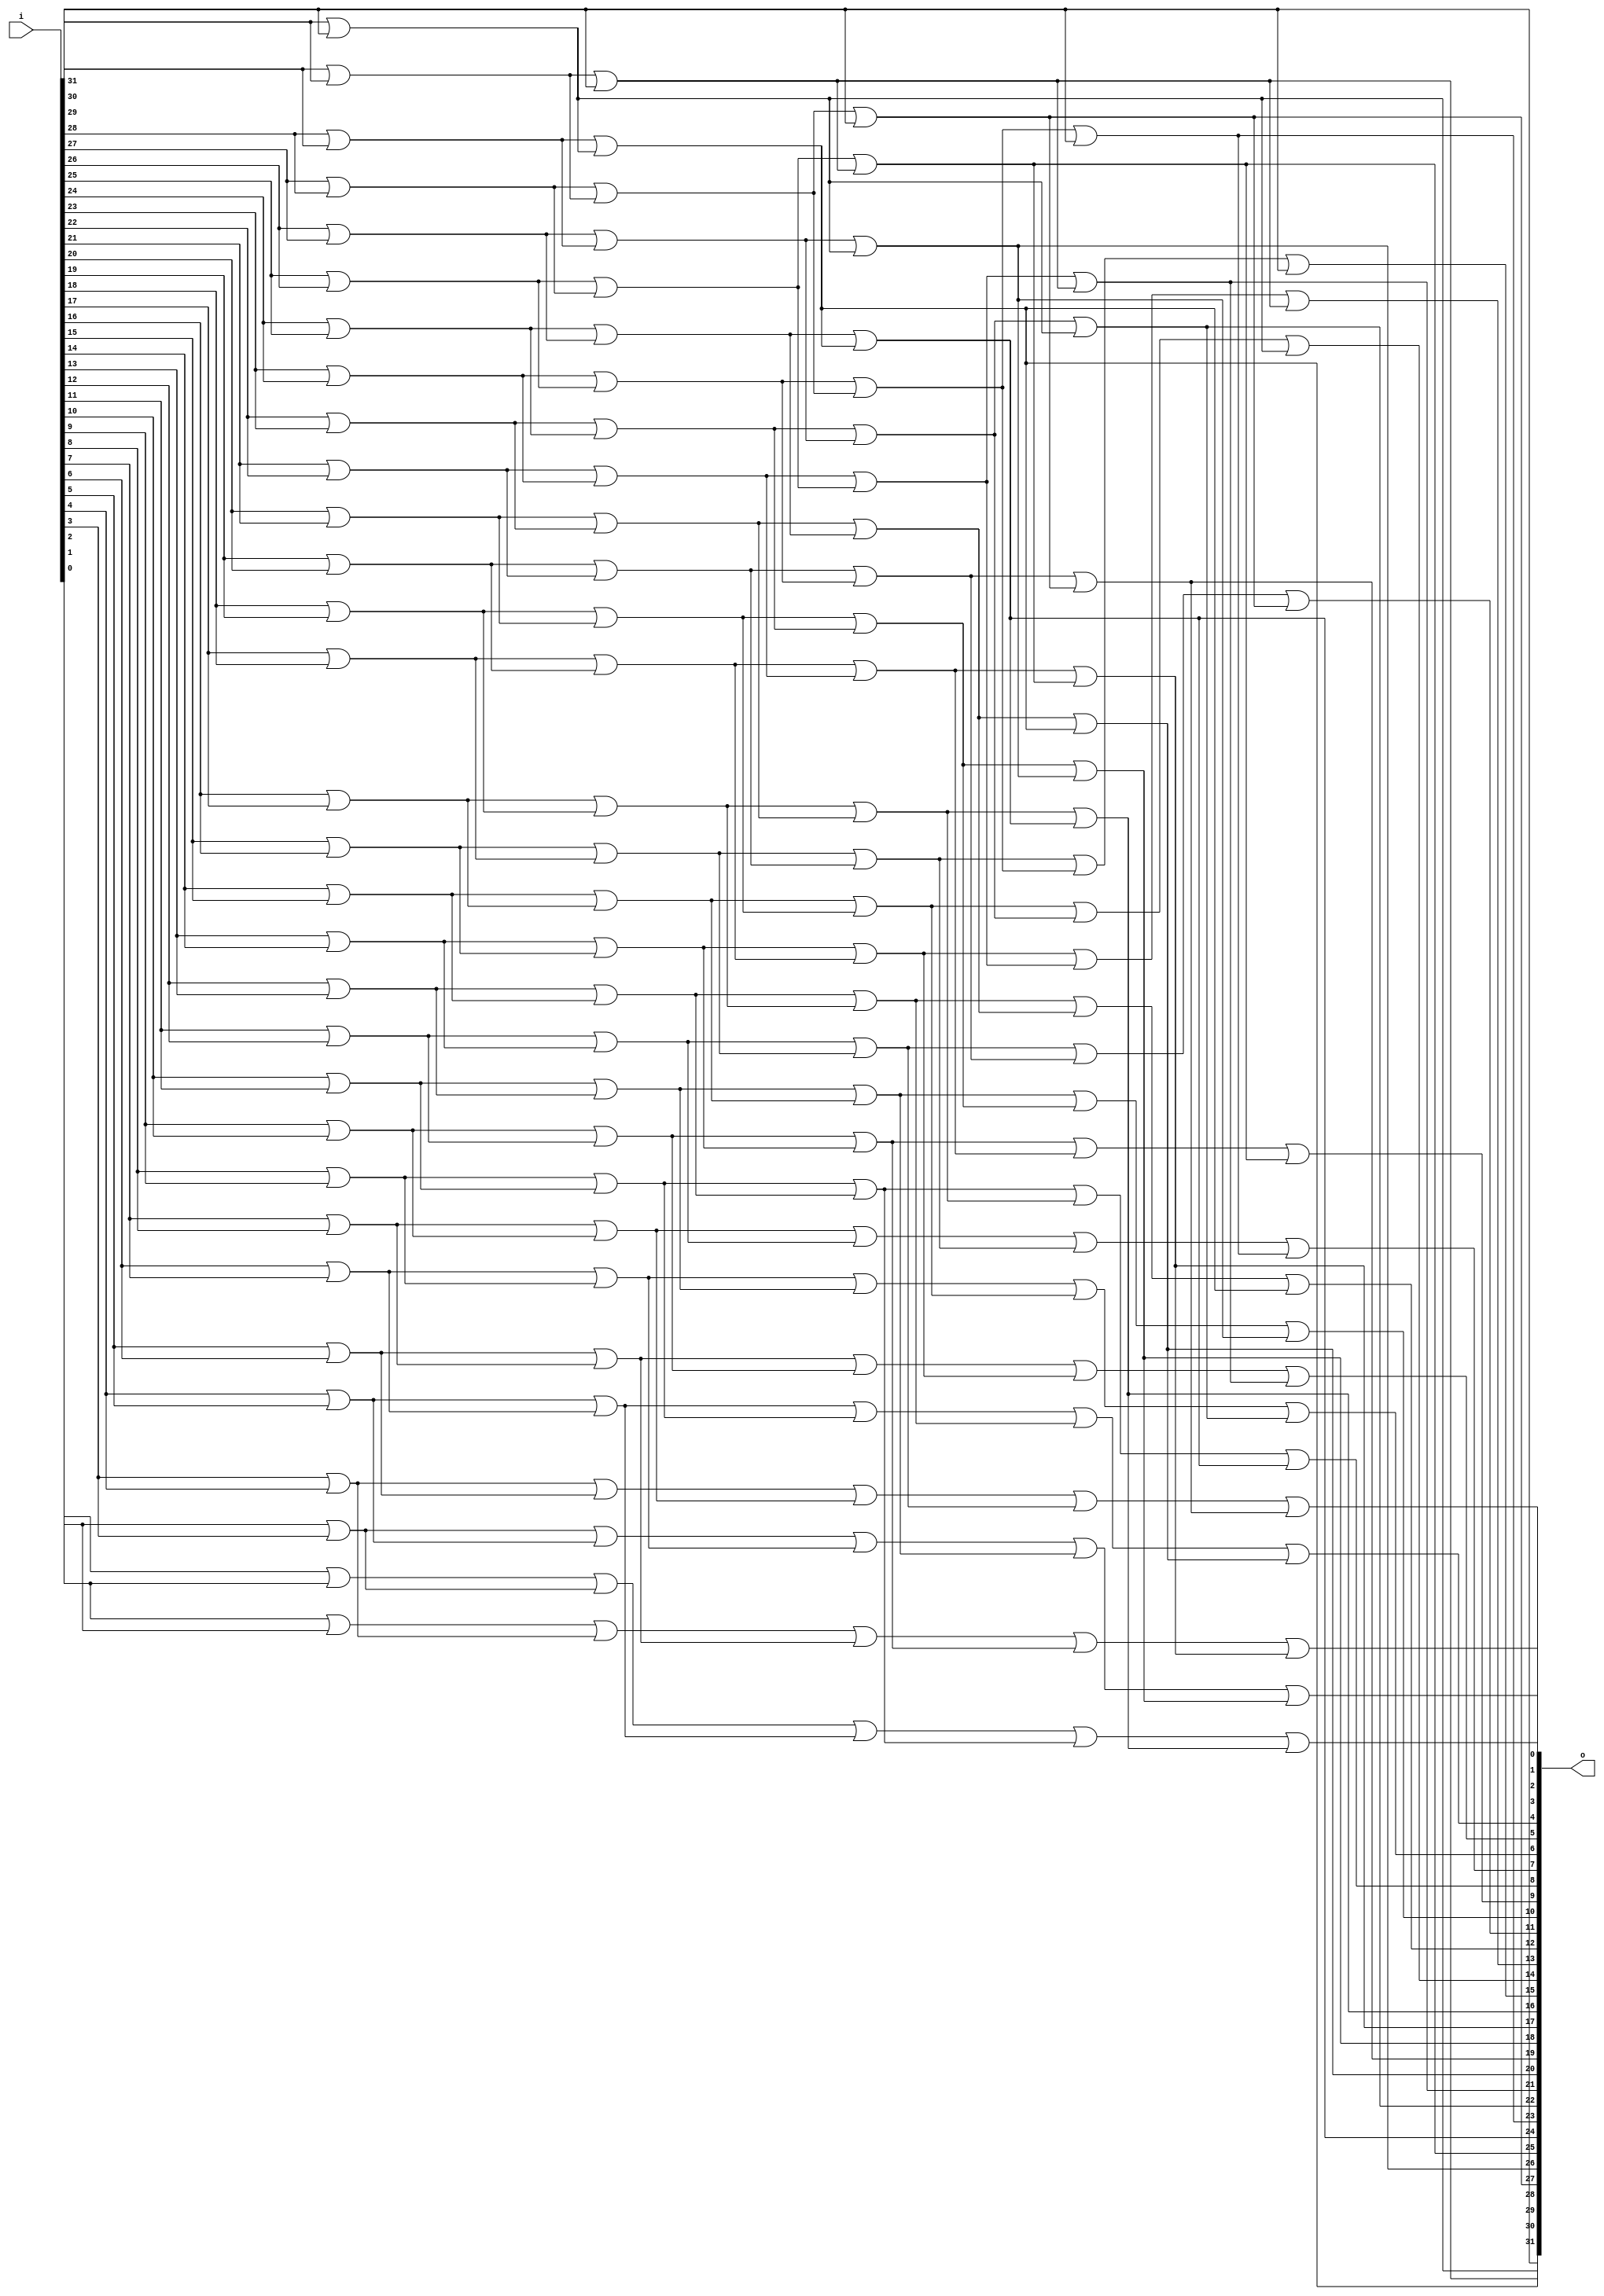


module bsg_scan_width_p32_or_p1_lo_to_hi_p0
(
  i,
  o
);

  input [31:0] i;
  output [31:0] o;
  wire [31:0] o;
  wire t_4__31_,t_4__30_,t_4__29_,t_4__28_,t_4__27_,t_4__26_,t_4__25_,t_4__24_,
  t_4__23_,t_4__22_,t_4__21_,t_4__20_,t_4__19_,t_4__18_,t_4__17_,t_4__16_,t_4__15_,
  t_4__14_,t_4__13_,t_4__12_,t_4__11_,t_4__10_,t_4__9_,t_4__8_,t_4__7_,t_4__6_,t_4__5_,
  t_4__4_,t_4__3_,t_4__2_,t_4__1_,t_4__0_,t_3__31_,t_3__30_,t_3__29_,t_3__28_,
  t_3__27_,t_3__26_,t_3__25_,t_3__24_,t_3__23_,t_3__22_,t_3__21_,t_3__20_,t_3__19_,
  t_3__18_,t_3__17_,t_3__16_,t_3__15_,t_3__14_,t_3__13_,t_3__12_,t_3__11_,t_3__10_,
  t_3__9_,t_3__8_,t_3__7_,t_3__6_,t_3__5_,t_3__4_,t_3__3_,t_3__2_,t_3__1_,t_3__0_,
  t_2__31_,t_2__30_,t_2__29_,t_2__28_,t_2__27_,t_2__26_,t_2__25_,t_2__24_,t_2__23_,
  t_2__22_,t_2__21_,t_2__20_,t_2__19_,t_2__18_,t_2__17_,t_2__16_,t_2__15_,t_2__14_,
  t_2__13_,t_2__12_,t_2__11_,t_2__10_,t_2__9_,t_2__8_,t_2__7_,t_2__6_,t_2__5_,
  t_2__4_,t_2__3_,t_2__2_,t_2__1_,t_2__0_,t_1__31_,t_1__30_,t_1__29_,t_1__28_,t_1__27_,
  t_1__26_,t_1__25_,t_1__24_,t_1__23_,t_1__22_,t_1__21_,t_1__20_,t_1__19_,t_1__18_,
  t_1__17_,t_1__16_,t_1__15_,t_1__14_,t_1__13_,t_1__12_,t_1__11_,t_1__10_,t_1__9_,
  t_1__8_,t_1__7_,t_1__6_,t_1__5_,t_1__4_,t_1__3_,t_1__2_,t_1__1_,t_1__0_;
  assign t_1__31_ = i[31] | 1'b0;
  assign t_1__30_ = i[30] | i[31];
  assign t_1__29_ = i[29] | i[30];
  assign t_1__28_ = i[28] | i[29];
  assign t_1__27_ = i[27] | i[28];
  assign t_1__26_ = i[26] | i[27];
  assign t_1__25_ = i[25] | i[26];
  assign t_1__24_ = i[24] | i[25];
  assign t_1__23_ = i[23] | i[24];
  assign t_1__22_ = i[22] | i[23];
  assign t_1__21_ = i[21] | i[22];
  assign t_1__20_ = i[20] | i[21];
  assign t_1__19_ = i[19] | i[20];
  assign t_1__18_ = i[18] | i[19];
  assign t_1__17_ = i[17] | i[18];
  assign t_1__16_ = i[16] | i[17];
  assign t_1__15_ = i[15] | i[16];
  assign t_1__14_ = i[14] | i[15];
  assign t_1__13_ = i[13] | i[14];
  assign t_1__12_ = i[12] | i[13];
  assign t_1__11_ = i[11] | i[12];
  assign t_1__10_ = i[10] | i[11];
  assign t_1__9_ = i[9] | i[10];
  assign t_1__8_ = i[8] | i[9];
  assign t_1__7_ = i[7] | i[8];
  assign t_1__6_ = i[6] | i[7];
  assign t_1__5_ = i[5] | i[6];
  assign t_1__4_ = i[4] | i[5];
  assign t_1__3_ = i[3] | i[4];
  assign t_1__2_ = i[2] | i[3];
  assign t_1__1_ = i[1] | i[2];
  assign t_1__0_ = i[0] | i[1];
  assign t_2__31_ = t_1__31_ | 1'b0;
  assign t_2__30_ = t_1__30_ | 1'b0;
  assign t_2__29_ = t_1__29_ | t_1__31_;
  assign t_2__28_ = t_1__28_ | t_1__30_;
  assign t_2__27_ = t_1__27_ | t_1__29_;
  assign t_2__26_ = t_1__26_ | t_1__28_;
  assign t_2__25_ = t_1__25_ | t_1__27_;
  assign t_2__24_ = t_1__24_ | t_1__26_;
  assign t_2__23_ = t_1__23_ | t_1__25_;
  assign t_2__22_ = t_1__22_ | t_1__24_;
  assign t_2__21_ = t_1__21_ | t_1__23_;
  assign t_2__20_ = t_1__20_ | t_1__22_;
  assign t_2__19_ = t_1__19_ | t_1__21_;
  assign t_2__18_ = t_1__18_ | t_1__20_;
  assign t_2__17_ = t_1__17_ | t_1__19_;
  assign t_2__16_ = t_1__16_ | t_1__18_;
  assign t_2__15_ = t_1__15_ | t_1__17_;
  assign t_2__14_ = t_1__14_ | t_1__16_;
  assign t_2__13_ = t_1__13_ | t_1__15_;
  assign t_2__12_ = t_1__12_ | t_1__14_;
  assign t_2__11_ = t_1__11_ | t_1__13_;
  assign t_2__10_ = t_1__10_ | t_1__12_;
  assign t_2__9_ = t_1__9_ | t_1__11_;
  assign t_2__8_ = t_1__8_ | t_1__10_;
  assign t_2__7_ = t_1__7_ | t_1__9_;
  assign t_2__6_ = t_1__6_ | t_1__8_;
  assign t_2__5_ = t_1__5_ | t_1__7_;
  assign t_2__4_ = t_1__4_ | t_1__6_;
  assign t_2__3_ = t_1__3_ | t_1__5_;
  assign t_2__2_ = t_1__2_ | t_1__4_;
  assign t_2__1_ = t_1__1_ | t_1__3_;
  assign t_2__0_ = t_1__0_ | t_1__2_;
  assign t_3__31_ = t_2__31_ | 1'b0;
  assign t_3__30_ = t_2__30_ | 1'b0;
  assign t_3__29_ = t_2__29_ | 1'b0;
  assign t_3__28_ = t_2__28_ | 1'b0;
  assign t_3__27_ = t_2__27_ | t_2__31_;
  assign t_3__26_ = t_2__26_ | t_2__30_;
  assign t_3__25_ = t_2__25_ | t_2__29_;
  assign t_3__24_ = t_2__24_ | t_2__28_;
  assign t_3__23_ = t_2__23_ | t_2__27_;
  assign t_3__22_ = t_2__22_ | t_2__26_;
  assign t_3__21_ = t_2__21_ | t_2__25_;
  assign t_3__20_ = t_2__20_ | t_2__24_;
  assign t_3__19_ = t_2__19_ | t_2__23_;
  assign t_3__18_ = t_2__18_ | t_2__22_;
  assign t_3__17_ = t_2__17_ | t_2__21_;
  assign t_3__16_ = t_2__16_ | t_2__20_;
  assign t_3__15_ = t_2__15_ | t_2__19_;
  assign t_3__14_ = t_2__14_ | t_2__18_;
  assign t_3__13_ = t_2__13_ | t_2__17_;
  assign t_3__12_ = t_2__12_ | t_2__16_;
  assign t_3__11_ = t_2__11_ | t_2__15_;
  assign t_3__10_ = t_2__10_ | t_2__14_;
  assign t_3__9_ = t_2__9_ | t_2__13_;
  assign t_3__8_ = t_2__8_ | t_2__12_;
  assign t_3__7_ = t_2__7_ | t_2__11_;
  assign t_3__6_ = t_2__6_ | t_2__10_;
  assign t_3__5_ = t_2__5_ | t_2__9_;
  assign t_3__4_ = t_2__4_ | t_2__8_;
  assign t_3__3_ = t_2__3_ | t_2__7_;
  assign t_3__2_ = t_2__2_ | t_2__6_;
  assign t_3__1_ = t_2__1_ | t_2__5_;
  assign t_3__0_ = t_2__0_ | t_2__4_;
  assign t_4__31_ = t_3__31_ | 1'b0;
  assign t_4__30_ = t_3__30_ | 1'b0;
  assign t_4__29_ = t_3__29_ | 1'b0;
  assign t_4__28_ = t_3__28_ | 1'b0;
  assign t_4__27_ = t_3__27_ | 1'b0;
  assign t_4__26_ = t_3__26_ | 1'b0;
  assign t_4__25_ = t_3__25_ | 1'b0;
  assign t_4__24_ = t_3__24_ | 1'b0;
  assign t_4__23_ = t_3__23_ | t_3__31_;
  assign t_4__22_ = t_3__22_ | t_3__30_;
  assign t_4__21_ = t_3__21_ | t_3__29_;
  assign t_4__20_ = t_3__20_ | t_3__28_;
  assign t_4__19_ = t_3__19_ | t_3__27_;
  assign t_4__18_ = t_3__18_ | t_3__26_;
  assign t_4__17_ = t_3__17_ | t_3__25_;
  assign t_4__16_ = t_3__16_ | t_3__24_;
  assign t_4__15_ = t_3__15_ | t_3__23_;
  assign t_4__14_ = t_3__14_ | t_3__22_;
  assign t_4__13_ = t_3__13_ | t_3__21_;
  assign t_4__12_ = t_3__12_ | t_3__20_;
  assign t_4__11_ = t_3__11_ | t_3__19_;
  assign t_4__10_ = t_3__10_ | t_3__18_;
  assign t_4__9_ = t_3__9_ | t_3__17_;
  assign t_4__8_ = t_3__8_ | t_3__16_;
  assign t_4__7_ = t_3__7_ | t_3__15_;
  assign t_4__6_ = t_3__6_ | t_3__14_;
  assign t_4__5_ = t_3__5_ | t_3__13_;
  assign t_4__4_ = t_3__4_ | t_3__12_;
  assign t_4__3_ = t_3__3_ | t_3__11_;
  assign t_4__2_ = t_3__2_ | t_3__10_;
  assign t_4__1_ = t_3__1_ | t_3__9_;
  assign t_4__0_ = t_3__0_ | t_3__8_;
  assign o[31] = t_4__31_ | 1'b0;
  assign o[30] = t_4__30_ | 1'b0;
  assign o[29] = t_4__29_ | 1'b0;
  assign o[28] = t_4__28_ | 1'b0;
  assign o[27] = t_4__27_ | 1'b0;
  assign o[26] = t_4__26_ | 1'b0;
  assign o[25] = t_4__25_ | 1'b0;
  assign o[24] = t_4__24_ | 1'b0;
  assign o[23] = t_4__23_ | 1'b0;
  assign o[22] = t_4__22_ | 1'b0;
  assign o[21] = t_4__21_ | 1'b0;
  assign o[20] = t_4__20_ | 1'b0;
  assign o[19] = t_4__19_ | 1'b0;
  assign o[18] = t_4__18_ | 1'b0;
  assign o[17] = t_4__17_ | 1'b0;
  assign o[16] = t_4__16_ | 1'b0;
  assign o[15] = t_4__15_ | t_4__31_;
  assign o[14] = t_4__14_ | t_4__30_;
  assign o[13] = t_4__13_ | t_4__29_;
  assign o[12] = t_4__12_ | t_4__28_;
  assign o[11] = t_4__11_ | t_4__27_;
  assign o[10] = t_4__10_ | t_4__26_;
  assign o[9] = t_4__9_ | t_4__25_;
  assign o[8] = t_4__8_ | t_4__24_;
  assign o[7] = t_4__7_ | t_4__23_;
  assign o[6] = t_4__6_ | t_4__22_;
  assign o[5] = t_4__5_ | t_4__21_;
  assign o[4] = t_4__4_ | t_4__20_;
  assign o[3] = t_4__3_ | t_4__19_;
  assign o[2] = t_4__2_ | t_4__18_;
  assign o[1] = t_4__1_ | t_4__17_;
  assign o[0] = t_4__0_ | t_4__16_;

endmodule



module bsg_priority_encode_one_hot_out_width_p32_lo_to_hi_p0
(
  i,
  o
);

  input [31:0] i;
  output [31:0] o;
  wire [31:0] o;
  wire N0,N1,N2,N3,N4,N5,N6,N7,N8,N9,N10,N11,N12,N13,N14,N15,N16,N17,N18,N19,N20,N21,
  N22,N23,N24,N25,N26,N27,N28,N29,N30;
  wire [30:0] scan_lo;

  bsg_scan_width_p32_or_p1_lo_to_hi_p0
  genblk1_scan
  (
    .i(i),
    .o({ o[31:31], scan_lo })
  );

  assign o[30] = scan_lo[30] & N0;
  assign N0 = ~o[31];
  assign o[29] = scan_lo[29] & N1;
  assign N1 = ~scan_lo[30];
  assign o[28] = scan_lo[28] & N2;
  assign N2 = ~scan_lo[29];
  assign o[27] = scan_lo[27] & N3;
  assign N3 = ~scan_lo[28];
  assign o[26] = scan_lo[26] & N4;
  assign N4 = ~scan_lo[27];
  assign o[25] = scan_lo[25] & N5;
  assign N5 = ~scan_lo[26];
  assign o[24] = scan_lo[24] & N6;
  assign N6 = ~scan_lo[25];
  assign o[23] = scan_lo[23] & N7;
  assign N7 = ~scan_lo[24];
  assign o[22] = scan_lo[22] & N8;
  assign N8 = ~scan_lo[23];
  assign o[21] = scan_lo[21] & N9;
  assign N9 = ~scan_lo[22];
  assign o[20] = scan_lo[20] & N10;
  assign N10 = ~scan_lo[21];
  assign o[19] = scan_lo[19] & N11;
  assign N11 = ~scan_lo[20];
  assign o[18] = scan_lo[18] & N12;
  assign N12 = ~scan_lo[19];
  assign o[17] = scan_lo[17] & N13;
  assign N13 = ~scan_lo[18];
  assign o[16] = scan_lo[16] & N14;
  assign N14 = ~scan_lo[17];
  assign o[15] = scan_lo[15] & N15;
  assign N15 = ~scan_lo[16];
  assign o[14] = scan_lo[14] & N16;
  assign N16 = ~scan_lo[15];
  assign o[13] = scan_lo[13] & N17;
  assign N17 = ~scan_lo[14];
  assign o[12] = scan_lo[12] & N18;
  assign N18 = ~scan_lo[13];
  assign o[11] = scan_lo[11] & N19;
  assign N19 = ~scan_lo[12];
  assign o[10] = scan_lo[10] & N20;
  assign N20 = ~scan_lo[11];
  assign o[9] = scan_lo[9] & N21;
  assign N21 = ~scan_lo[10];
  assign o[8] = scan_lo[8] & N22;
  assign N22 = ~scan_lo[9];
  assign o[7] = scan_lo[7] & N23;
  assign N23 = ~scan_lo[8];
  assign o[6] = scan_lo[6] & N24;
  assign N24 = ~scan_lo[7];
  assign o[5] = scan_lo[5] & N25;
  assign N25 = ~scan_lo[6];
  assign o[4] = scan_lo[4] & N26;
  assign N26 = ~scan_lo[5];
  assign o[3] = scan_lo[3] & N27;
  assign N27 = ~scan_lo[4];
  assign o[2] = scan_lo[2] & N28;
  assign N28 = ~scan_lo[3];
  assign o[1] = scan_lo[1] & N29;
  assign N29 = ~scan_lo[2];
  assign o[0] = scan_lo[0] & N30;
  assign N30 = ~scan_lo[1];

endmodule



module bsg_encode_one_hot_width_p1
(
  i,
  addr_o,
  v_o
);

  input [0:0] i;
  output [0:0] addr_o;
  output v_o;
  wire [0:0] addr_o;
  wire v_o;
  assign v_o = i[0];
  assign addr_o[0] = 1'b0;

endmodule



module bsg_encode_one_hot_width_p2
(
  i,
  addr_o,
  v_o
);

  input [1:0] i;
  output [0:0] addr_o;
  output v_o;
  wire [0:0] addr_o,aligned_vs;
  wire v_o;
  wire [1:0] aligned_addrs;

  bsg_encode_one_hot_width_p1
  aligned_left
  (
    .i(i[0]),
    .addr_o(aligned_addrs[0]),
    .v_o(aligned_vs[0])
  );


  bsg_encode_one_hot_width_p1
  aligned_right
  (
    .i(i[1]),
    .addr_o(aligned_addrs[1]),
    .v_o(addr_o[0])
  );

  assign v_o = addr_o[0] | aligned_vs[0];

endmodule



module bsg_encode_one_hot_width_p4
(
  i,
  addr_o,
  v_o
);

  input [3:0] i;
  output [1:0] addr_o;
  output v_o;
  wire [1:0] addr_o,aligned_addrs;
  wire v_o;
  wire [0:0] aligned_vs;

  bsg_encode_one_hot_width_p2
  aligned_left
  (
    .i(i[1:0]),
    .addr_o(aligned_addrs[0]),
    .v_o(aligned_vs[0])
  );


  bsg_encode_one_hot_width_p2
  aligned_right
  (
    .i(i[3:2]),
    .addr_o(aligned_addrs[1]),
    .v_o(addr_o[1])
  );

  assign v_o = addr_o[1] | aligned_vs[0];
  assign addr_o[0] = aligned_addrs[0] | aligned_addrs[1];

endmodule



module bsg_encode_one_hot_width_p8
(
  i,
  addr_o,
  v_o
);

  input [7:0] i;
  output [2:0] addr_o;
  output v_o;
  wire [2:0] addr_o;
  wire v_o;
  wire [3:0] aligned_addrs;
  wire [0:0] aligned_vs;

  bsg_encode_one_hot_width_p4
  aligned_left
  (
    .i(i[3:0]),
    .addr_o(aligned_addrs[1:0]),
    .v_o(aligned_vs[0])
  );


  bsg_encode_one_hot_width_p4
  aligned_right
  (
    .i(i[7:4]),
    .addr_o(aligned_addrs[3:2]),
    .v_o(addr_o[2])
  );

  assign v_o = addr_o[2] | aligned_vs[0];
  assign addr_o[1] = aligned_addrs[1] | aligned_addrs[3];
  assign addr_o[0] = aligned_addrs[0] | aligned_addrs[2];

endmodule



module bsg_encode_one_hot_width_p16
(
  i,
  addr_o,
  v_o
);

  input [15:0] i;
  output [3:0] addr_o;
  output v_o;
  wire [3:0] addr_o;
  wire v_o;
  wire [5:0] aligned_addrs;
  wire [0:0] aligned_vs;

  bsg_encode_one_hot_width_p8
  aligned_left
  (
    .i(i[7:0]),
    .addr_o(aligned_addrs[2:0]),
    .v_o(aligned_vs[0])
  );


  bsg_encode_one_hot_width_p8
  aligned_right
  (
    .i(i[15:8]),
    .addr_o(aligned_addrs[5:3]),
    .v_o(addr_o[3])
  );

  assign v_o = addr_o[3] | aligned_vs[0];
  assign addr_o[2] = aligned_addrs[2] | aligned_addrs[5];
  assign addr_o[1] = aligned_addrs[1] | aligned_addrs[4];
  assign addr_o[0] = aligned_addrs[0] | aligned_addrs[3];

endmodule



module bsg_encode_one_hot_width_p32_lo_to_hi_p0
(
  i,
  addr_o,
  v_o
);

  input [31:0] i;
  output [4:0] addr_o;
  output v_o;
  wire [4:0] addr_o;
  wire v_o;
  wire [7:0] aligned_addrs;
  wire [1:1] aligned_vs;

  bsg_encode_one_hot_width_p16
  aligned_left
  (
    .i(i[15:0]),
    .addr_o(aligned_addrs[3:0]),
    .v_o(addr_o[4])
  );


  bsg_encode_one_hot_width_p16
  aligned_right
  (
    .i(i[31:16]),
    .addr_o(aligned_addrs[7:4]),
    .v_o(aligned_vs[1])
  );

  assign v_o = aligned_vs[1] | addr_o[4];
  assign addr_o[3] = aligned_addrs[3] | aligned_addrs[7];
  assign addr_o[2] = aligned_addrs[2] | aligned_addrs[6];
  assign addr_o[1] = aligned_addrs[1] | aligned_addrs[5];
  assign addr_o[0] = aligned_addrs[0] | aligned_addrs[4];

endmodule



module bsg_priority_encode_width_p32_lo_to_hi_p0
(
  i,
  addr_o,
  v_o
);

  input [31:0] i;
  output [4:0] addr_o;
  output v_o;
  wire [4:0] addr_o;
  wire v_o;
  wire [31:0] enc_lo;

  bsg_priority_encode_one_hot_out_width_p32_lo_to_hi_p0
  a
  (
    .i(i),
    .o(enc_lo)
  );


  bsg_encode_one_hot_width_p32_lo_to_hi_p0
  b
  (
    .i(enc_lo),
    .addr_o(addr_o),
    .v_o(v_o)
  );


endmodule